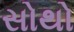
સોથો